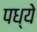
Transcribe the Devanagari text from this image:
पध्ये